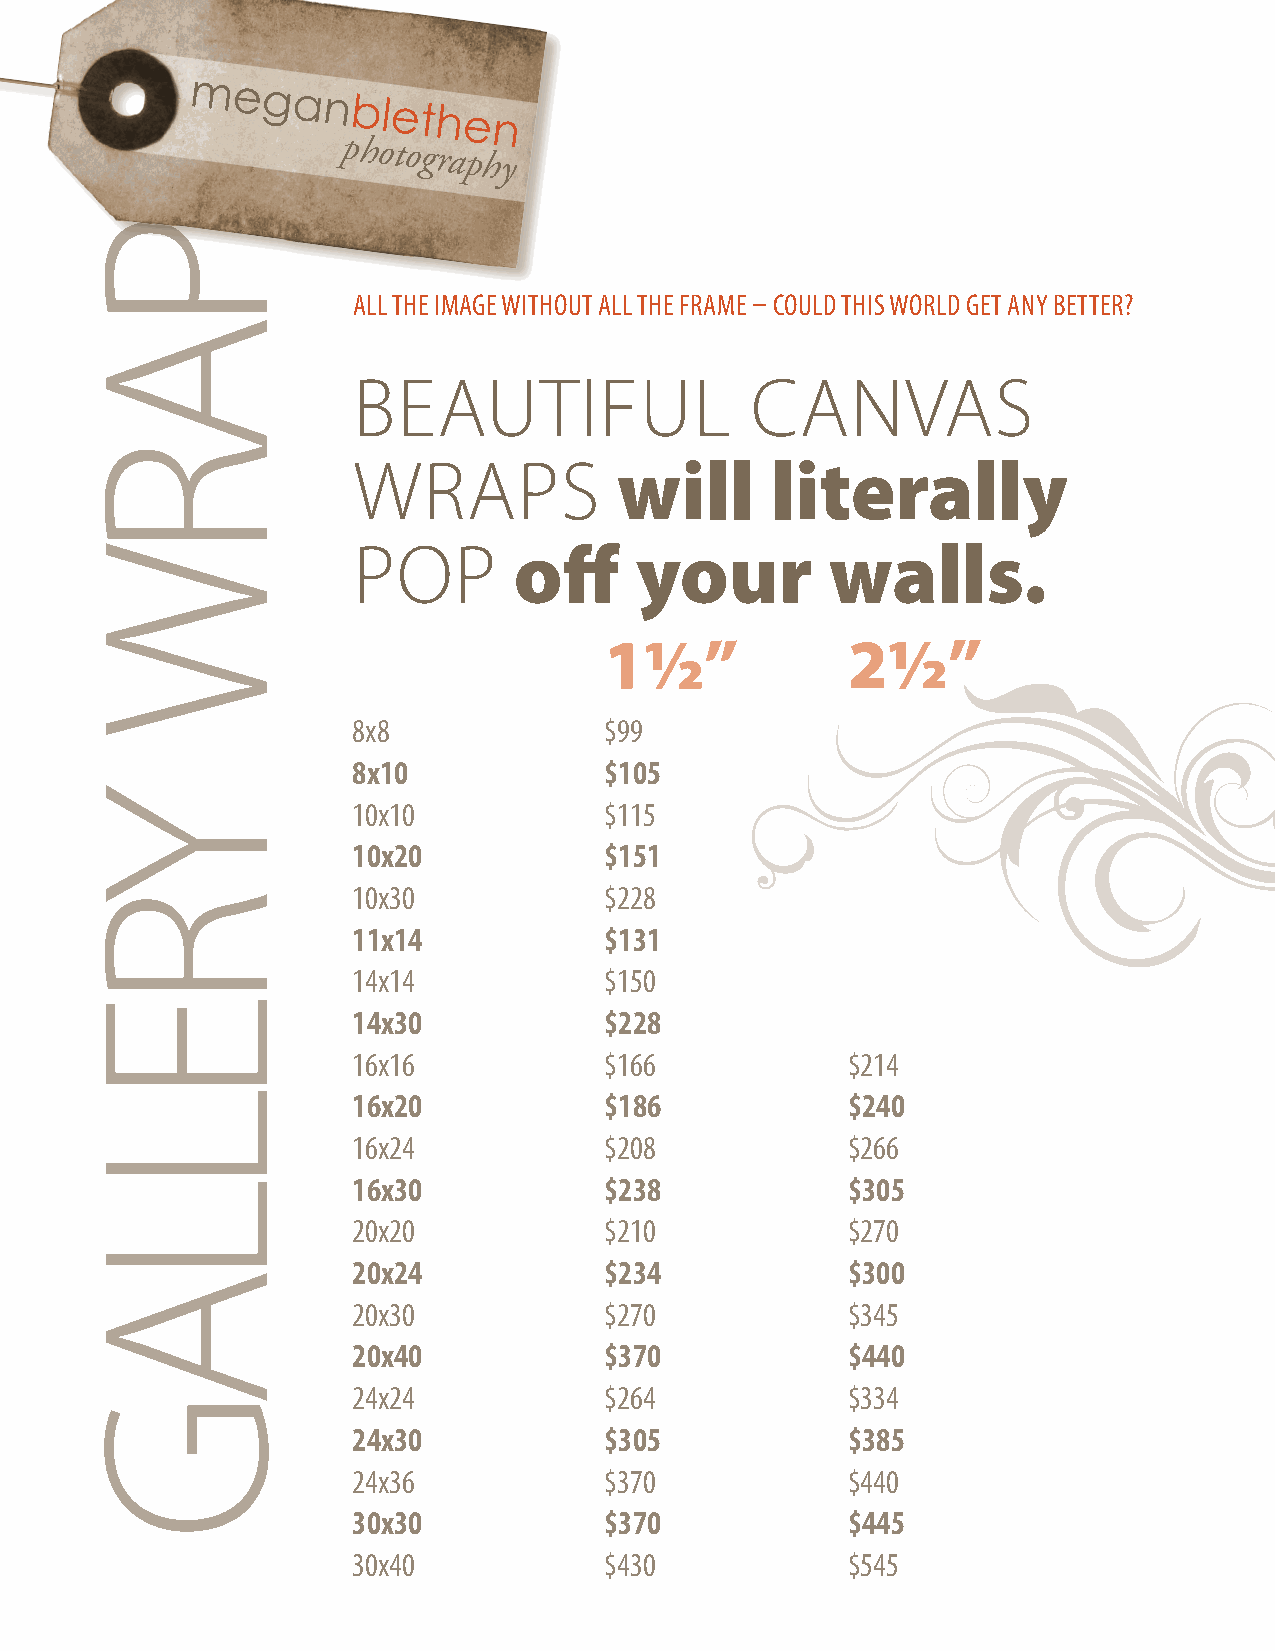
meganblethen
 photography
 ALL THE IMAGE WITHOUT ALL THE FRAME – COULD THIS WORLD GET ANY BETTER?
 BEAUTIFUL                  CANVAS
 WRAPS             will      literally
 POP        off     your         walls.
 1½”             2½”
 8x8              $99
 8x10             $105
 10x10            $115
 10x20            $151
 10x30            $228
 11x14            $131
 14x14            $150
 14x30            $228
 16x16            $166            $214
 16x20            $186            $240
 16x24            $208            $266
 16x30            $238            $305
 20x20            $210            $270
 20x24            $234            $300
 20x30            $270            $345
 20x40            $370            $440
 24x24            $264            $334
 24x30            $305            $385
 24x36            $370            $440
 30x30            $370            $445
 30x40            $430            $545
 PARW
 YRELLAG